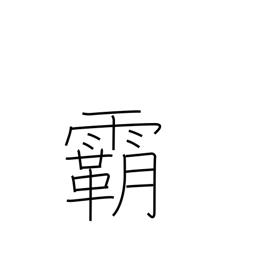
Meaning: leadership